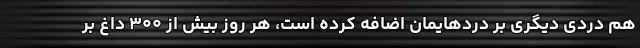
هم دردی دیگری بر دردهایمان اضافه کرده است، هر روز بیش از ۳۰۰ داغ بر